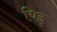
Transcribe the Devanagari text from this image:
चिह्नृ